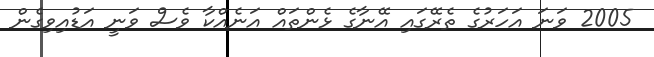
2005 ވަނަ އަހަރުގެ ތެރޭގައި އޭނާގެ ޅެންތައް އަނެއްކާ ވެސް ވަނީ އަޑުއިވިގެން